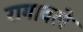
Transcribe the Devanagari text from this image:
रागावले